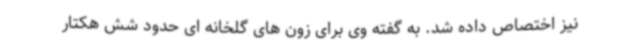
نیز اختصاص داده شد. به گفته وی برای زون های گلخانه ای حدود شش هکتار